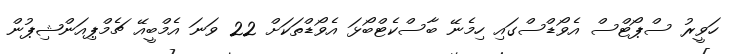
ހަވީރު ސްޕޯޓްސް އެވޯޑްސްގައި ހިމެނޭ ބާސްކެޓްބޯޅަ އެވޯޑްތަކަށް 22 ވަނަ އެމްބީއޭ ޗެމްޕިއަންޝިޕުން